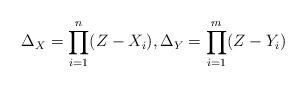
LaTeX: \begin{align*}\Delta_X = \prod_{i=1}^n (Z- X_i), \Delta_Y = \prod_{i=1}^m(Z- Y_i)\end{align*}